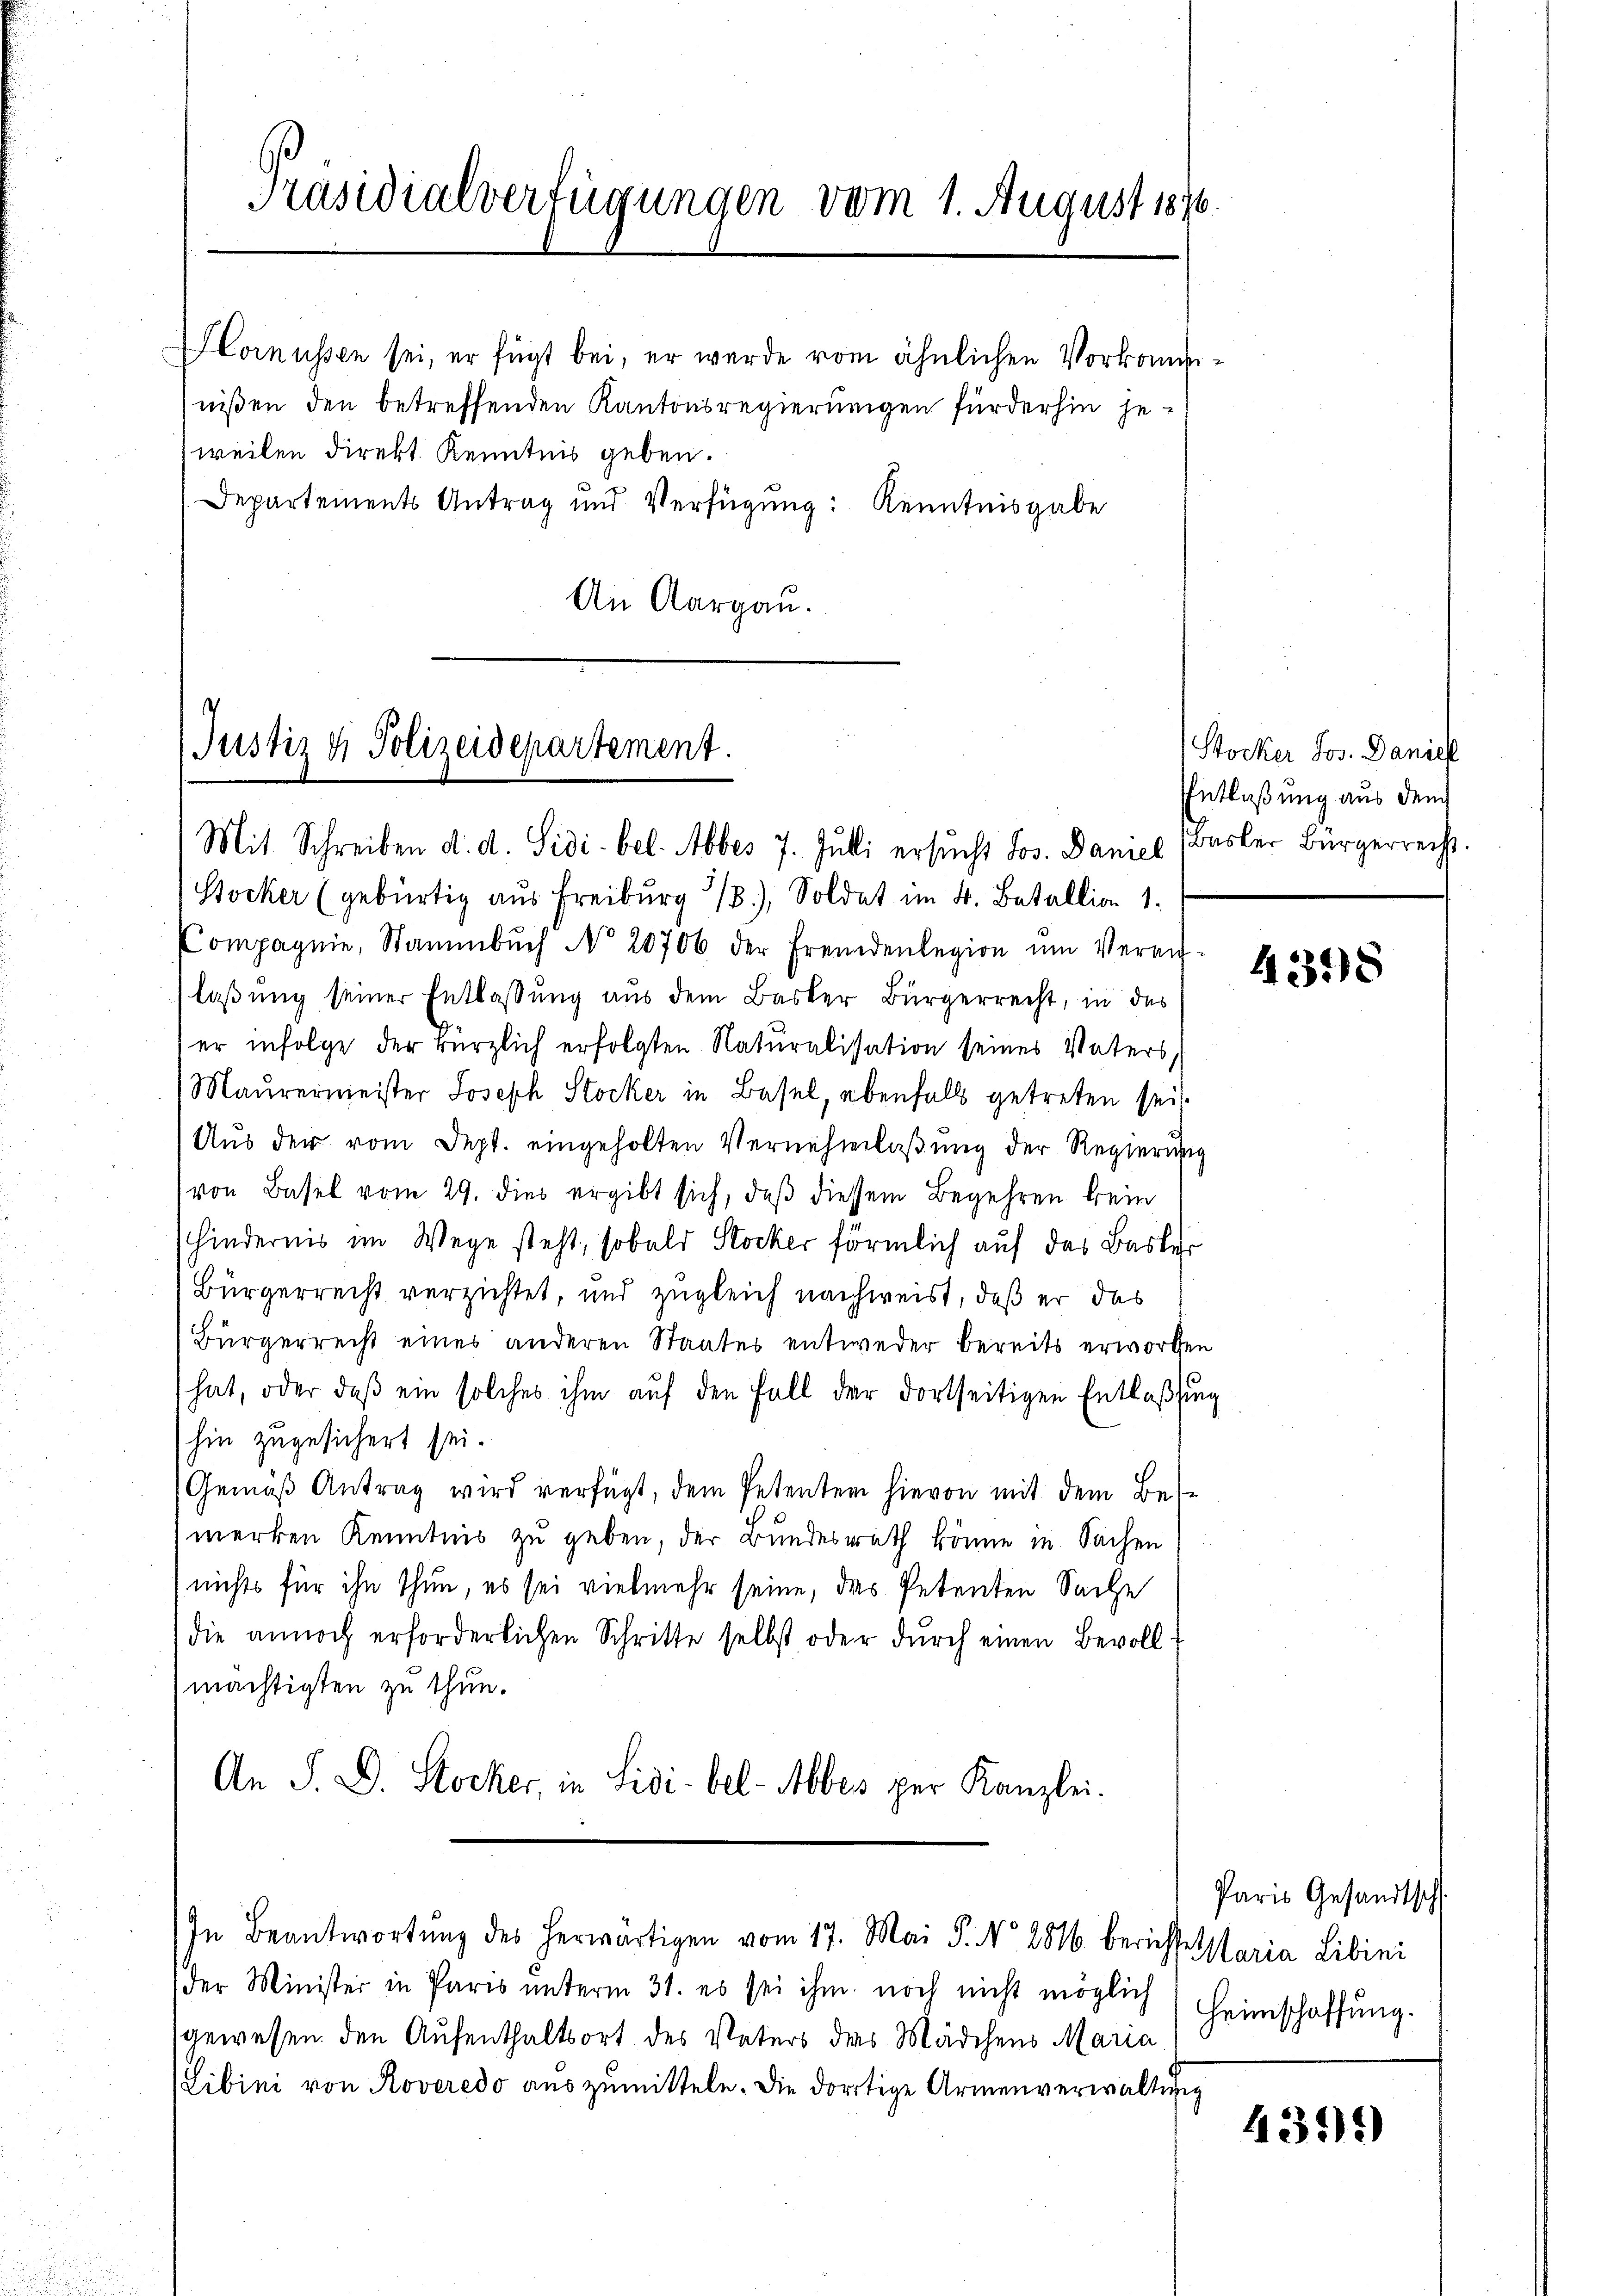
Präsidialverfügungen vom 1. August 1876.

HHornüssen sei, er fügt bei, er wurde vom ähnlichen Vorkominißen den betreffenden Kantonsregierungen fürderhin jeweilen direkt Kenntnis geben.
Departements Antrag und Verfügung: Kenntnisgabe
An Aargau.

Justiz & Polizeidepartement.
Mit Schreiben d. d. Sidi. bel. Abbes 7. Julli ersucht Jos. Damel

Stocker (gebürtig aus Freiburg 1.), Soldat im 4. Betallion 1.
Compagnie, Stammbŭch No 20706 der Fremdenlegion ŭm Veran
laßung seiner Entlassung aus dem Basler Bürgerrecht, in des
er infolge der kürzlich erfolgten Naturalisation seines Vaters,
Maurermeister Joseph Stocker in Basel, ebenfalls getreten sei.
Aŭs der vom Dept. eingeholten Vernehmlaβŭng der Regierŭng
von Basel vom 29. dies ergibt sich, daß diessem Begehren kein
hindernis im Wege steht, sobald Stocker förmlich auf das Basler
Bürgerrecht verzichtet, und zugleich nachweist, daß er das
Bürgerrecht eines anderen Staates entweder bereits erworten
hat, oder daβ ein solches ihm aŭf den Fall der dortseitigen Entlaßung
hin zugesichert sei.
Gemäß Antrag wird verfügt, dem Petenten hievon mit dem Bes
merken Kenntnis zu geben, der Bundesrath könne in Sachen
nichts für ihn thun, es sei vielmehr seine, das Petenten Sache
die annoch erforderlichen Schritte selbst oder dŭrch einen Bevoll-
mächtigten zu thun.
An S. D. Stocker, in Sidi-bel-Alber per Kanzlei.
In Beantwortŭng des herwärtigen vom 17. Mai P. Nr. 2816 berichte Maria Libini
der Minister in Paris unterm 31. es sei ihm noch nicht möglich
gewesen den Aufenthaltsort des Vaters des Mädchens Maria
(Libini von Roveredo auszumitteln. Die dortige Armenverwaltung

Stocker Jos. Daniel
Entlaßung aus dem
Basler Bürgerrecht.

43348

Paris Gesandtschl
Heimschaffung.

4359)